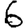
Digit: 6